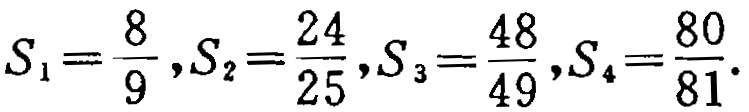
\(S_{1}=\frac{8}{9},S_{2}=\frac{24}{25},S_{3}=\frac{48}{49},S_{4}=\frac{80}{81}\)